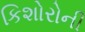
કિશોરોની